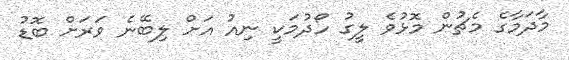
މާދަމާގެ މެޗުން މޮޅުވެ ލީގު ހޯދުމަކީ ނިއު އަށް ލިބޭނެ ވަރަށް ބޮޑު